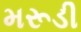
મરૂડી